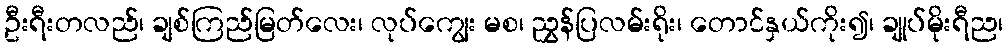
ဦးရီးတလည်၊ ချစ်ကြည်မြတ်လေး၊ လုပ်ကျွေး မစ၊ ညွှန်ပြလမ်းရိုး၊ တောင်နှယ်ကိုး၍၊ ချုပ်မိုးရီည၊